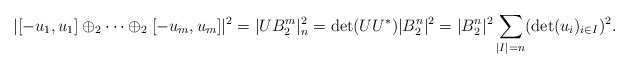
\begin{align*}|[-u_1,u_1]\oplus_2\cdots\oplus_2[-u_m,u_m]|^2=|U B_2^m|^2_n= \det (UU^*) |B_2^n|^2 =|B_2^n|^2\sum_{|I|=n}(\det(u_i)_{i\in I})^2 .\end{align*}